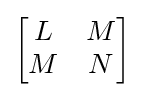
{\begin{bmatrix}L&M\\M&N\end{bmatrix}}